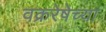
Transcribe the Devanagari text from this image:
वक्ररेषेच्या